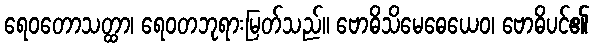
ရေဝတောသတ္ထာ၊ ရေဝတဘုရားမြတ်သည်။ ဗောဓိသိမေဓေယေဝ၊ ဗောဓိပင်၏